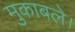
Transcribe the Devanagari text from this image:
मुकाबले।